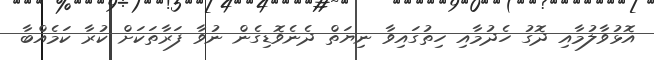
އޮޅުވާލުމާއި ދޮގު ހެދުމާއި ހިތުގައިވާ ނިޔަތް ދެނެވޮޑިގެން ނުވާ ފަރާތަކަށް ކުރާ ކަމެއްބާ